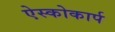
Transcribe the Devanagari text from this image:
ऐस्कोकार्प